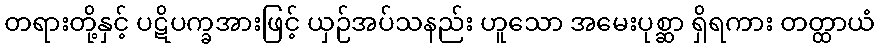
တရားတို့နှင့် ပဋိပက္ခအားဖြင့် ယှဉ်အပ်သနည်း ဟူသော အမေးပုစ္ဆာ ရှိရကား တတ္ထာယံ